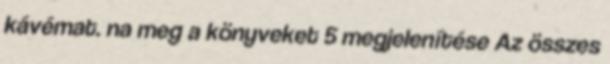
kávémat. na meg a könyveket 5 megjelenítése Az összes